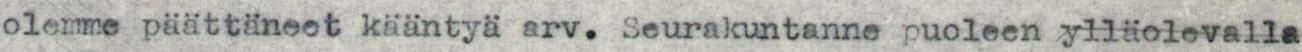
olemme päättäneet kääntyä arv. Seurakuntanne puoleen ylläolevalla